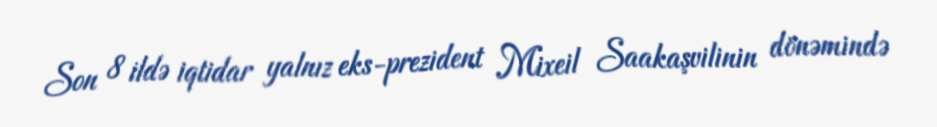
Son 8 ildə iqtidar yalnız eks-prezident Mixeil Saakaşvilinin dönəmində